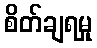
စိတ်ချရမှု